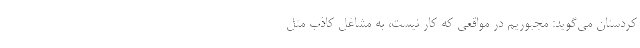
کردستان می‌گوید: مجبوریم در مواقعی که کار نیست، به مشاغل کاذب مثل